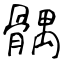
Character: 髃